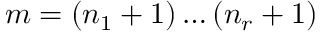
m = ( n _ { 1 } + 1 ) \dots ( n _ { r } + 1 )